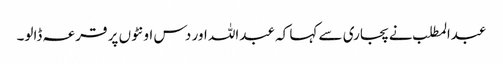
عبدالمطلب نے پجاری سے کہا کہ عبداللہ اور دس اونٹوں پر قرعہ ڈالو۔